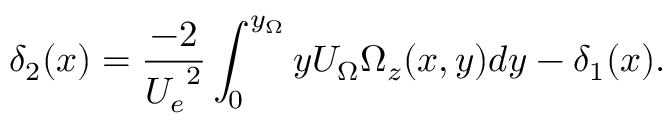
\delta _ { 2 } ( x ) = \frac { - 2 } { { U _ { e } } ^ { 2 } } \int _ { 0 } ^ { y _ { \Omega } } y U _ { \Omega } \Omega _ { z } ( x , y ) d y - \delta _ { 1 } ( x ) .